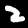
Digit: 2